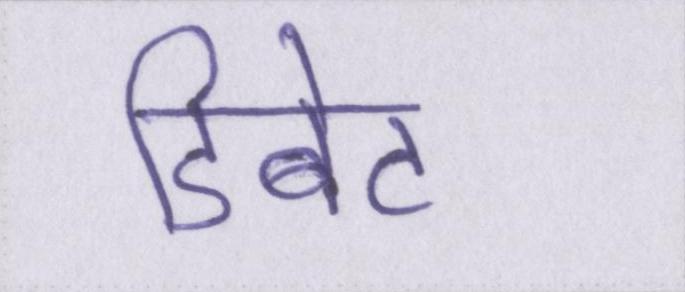
डिबेट